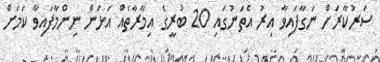
ސަރުކާރަށް ނަގާފައިވާ އިރު އެތަނުގައި 20 ބުރީގެ އިމާރާތެއް އަޅަން ނިންމާފައިވާ ކަމަށް